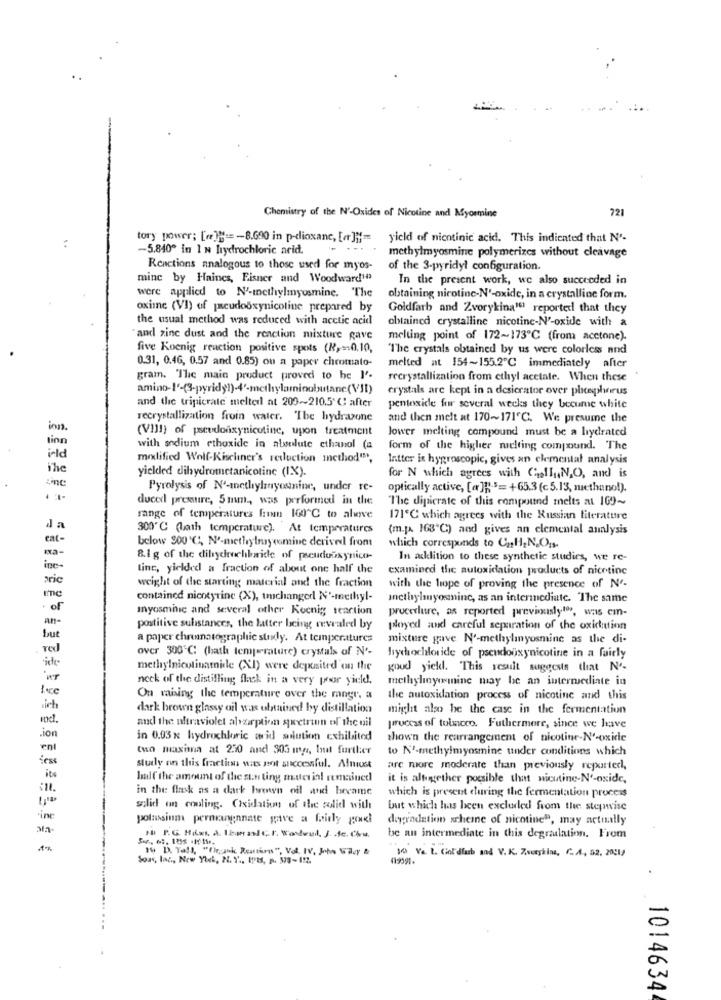
721
Chemistry of the N'-Oxides of Nicotine and Myormine
tory power; [e ]] ==- 8.690 in p-dioxane, [er ]}'=
yield of nicotinic acid. This indicated that N'-
-5.840º in 1 N hydrochloric acid.
...
methylmyosmine polymerizes without cleavage
Reactions analogous to those used for myos-
of the 3-pyridyl configuration.
mine by Haines, Eisner and Woodward"
In the present work, we also succeeded in
were applied to N'-methylmyosmine. The
obtaining nicotine-N'-oxide, in a crystalline form.
oxine (VI) of pseudooxynicoline prepared by
Goldfarb and Zvorykina" reported that they
the usual method was reduced with acetic acid
obtained crystalline nicotine-N'-oxide with a
"and zinc dust and the reaction mixture gave
melting point of 172~173℃ (from acetone).
five Koenig reaction positive spots (R)=0.10,
"The crystals obtained by us were colorless and
0.31, 0.46, 0.57 and 0.85) ou a paper chromato-
melted at 154~155.2℃ immediately after
gram. "The main product proved to be I'.
recrystallization from ethyl acetate. When these
amino-l'-(3-pyridg1)-4'-methylaminobutane(VII)
crystals are kept in a desierator over phosphorus
and the tripicrate meltedl at 209~210.5℃; after
pentoxide for several weeks they becume white
recrystallization froin water. The hydrazone
and then melt at 170~171℃. We presume the
ion
(VIII) of pseudonxynicotine, upon treatment
lower melting compound must be a hydrated
linn
with sodium ethoxide in absolute ethanol (a
form of the higher melting compound. The
i-ld
modified Wolf-Kischiner's reduction method"",
Intter is hygroscopic, gives an elemental analysis
The
yieldled dihydrometanicotine (IX).
zinc
for N which agrees with CasflyN,O, and is
Pyrolysis of N'-methylmyosinine, under re-
optically active, [@ ]]-$= +65.3 (c 5.13, methano!).
ducexl pressure, 5 mm, was performed in the
The dipicrate of this compound melts at 169~
range of temperatures frem 100"℃ to alive
171'℃ which agrees with the Russian literature
da
300℃ (lath temperature). At temperatures
(m.p. 163℃) and gives an elemental analysis
eat-
below 900'℃, N'-methylnyeemine derived from
-a-
which corresponds to Cu H, N.O.s.
8.1 g of the dihydrochloride of pseudooxynico-
In addition to these synthetic studies, we re-
ine-
line, yielded a fraction of about one half the
examined the autoxidation products of nicotine
pric
weight of the starting material and the fraction
with the hope of proving the presence of N'-
contained nicotyrine (X), unchanged N'-methyl-
inctbylmuyosmine, as an intermediate. "The same
. of
Inyosminic and several other Koenig reaction
procedure, as reported previously!", was em-
postitive substances, the latter being revealed by
ployed and careful separation of the oxidation
but
a paper chromatographic study. At temperatures
misture gave N'-methylmyosmine as the di-
over 300'℃: (bath temperature) crystals of N'-
hiychochloride of pseudonxynicotine in a fairly
methylnicotinatide (XI) were deposited on the
goud yield. This result suggests that N'-
neck of the distilling flask in a very poor yield.
methylinymine may be an intermediate in
face
On raising the temperature over the mngr, a
the autoxidation process of nicotine and this
ich
dark brown glassy oil was obtained by distillation
might also be the case in the fermentation
vod.
and the ultraviolet alzarption spectrum of the uil
.ion
process of tobacco. Futhermore, since we leave
in 0.03 x hydrochloric acid solution exhibited
shown the rearrangement of nicotine-Nº-oxide
ent
two maxima at 2.30 and 303 myr, Inut further
to N'-methylmyosmine under conditions which
des
study on this fraction was not successful. Almost
are more moderate than previously reporter,
it's
half the amount of die stin ting mucuial remained
it is altogether possible that nicutine-N'-oxide,
in the flesk as a dark hrenyn oil and became
which is present during the fermentation process
solid on cooling. Coxidation of the solid with
but which has been excluded from the stepwise
"ine
potassium permanganate gave a fairly poul
degradation scheme of nicotine", may actually
be an intermediate in this degraulation. From
19 D. Tall, "Frank Reathres", Vol. IV, John Wacy &
10 Ye. L. Goldlub and V. K. Zowykins, C.A ., 52. 2001)
Soas, lac ., New YUL, N. Y ., 1918, p. 578-122.
419991.
1014634